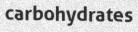
carbohydrates